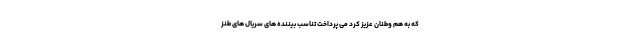
که به هم وطنان عزیز کُرد می پرداخت تناسب بیننده های سریال های طنز